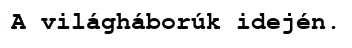
A világháborúk idején.